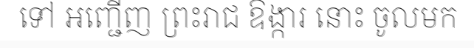
ទៅ អញ្ជើញ ព្រះរាជ ឱង្ការ នោះ ចូលមក